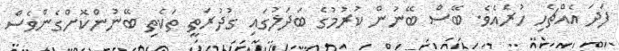
ފަދަ އެއްޗެހި ހުރެއެވެ. ބޭސް ބޭނުން ކުރުމުގެ ބަދަލުގައި ގުދުރަތީ ތަކެތި ބޭނުންކޮށްގެންވެސް